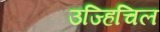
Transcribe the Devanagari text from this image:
उज्हिचिल